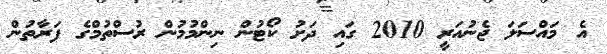
އެ މައްސަލަ ޖެނުއަރީ 2010 ގައި ދަށު ކޯޓުން ނިންމުމުން ރުސްތުމްގެ ފަރާތުން